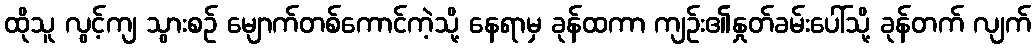
ထိုသူ လွင့်ကျ သွားစဉ် မျောက်တစ်ကောင်ကဲ့သို့ နေရာမှ ခုန်ထကာ ကျဉ်း၏နှုတ်ခမ်းပေါ်သို့ ခုန်တက် လျက်